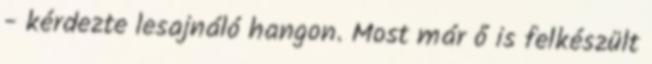
- kérdezte lesajnáló hangon. Most már ő is felkészült